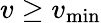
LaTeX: v\geq v_{\mathrm{min}}